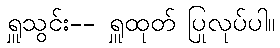
ရှူသွင်း-- ရှူထုတ် ပြုလုပ်ပါ။